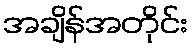
အချိန်အတိုင်း